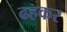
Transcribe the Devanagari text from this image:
ढहकर